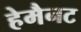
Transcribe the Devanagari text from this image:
हेमैनट